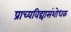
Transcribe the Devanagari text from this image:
प्राच्यविद्यासंशोधक